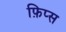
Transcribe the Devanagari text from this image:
फ़िप्स